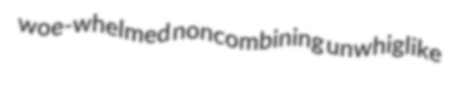
woe-whelmed noncombining unwhiglike